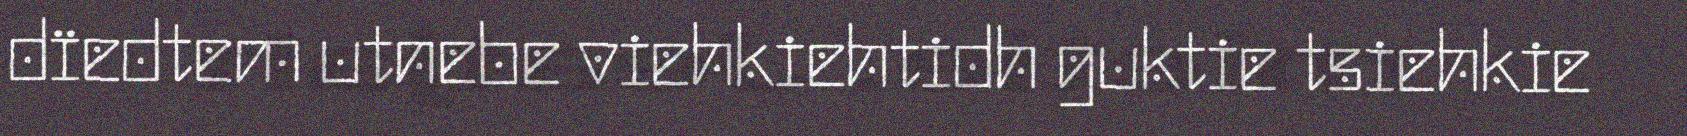
dïedtem utnebe viehkiehtidh guktie tsiehkie